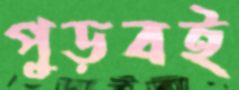
পুড়বই